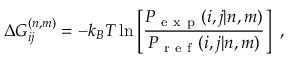
\Delta G _ { i j } ^ { ( n , m ) } = - k _ { B } T \ln \left[ \frac { P _ { \mathrm { ~ e ~ x ~ p ~ } } ( i , j | n , m ) } { P _ { \mathrm { ~ r ~ e ~ f ~ } } ( i , j | n , m ) } \right] ~ ,